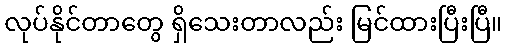
လုပ်နိုင်တာတွေ ရှိသေးတာလည်း မြင်ထားပြီးပြီ။